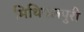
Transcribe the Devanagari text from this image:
मिथिपलपुरी